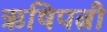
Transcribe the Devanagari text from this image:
ऋषिपत्नी